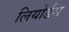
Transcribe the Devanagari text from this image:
लियोर्डस